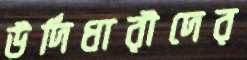
উর্দিধারীদের